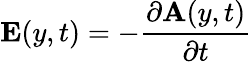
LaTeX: \mathbf{E}(y,t)=-\frac{\partial\mathbf{A}(y,t)}{\partial t}